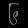
Digit: ၆